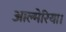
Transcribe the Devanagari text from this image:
आल्मेरिया।